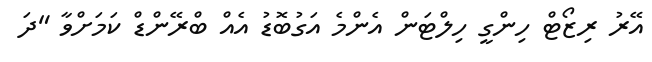
އޭރު ރިޒޯޓް ހިންގީ ހިލްޓަން އެންމެ އަގުބޮޑު އެއް ބްރޭންޑް ކަމަށްވާ "ދަ